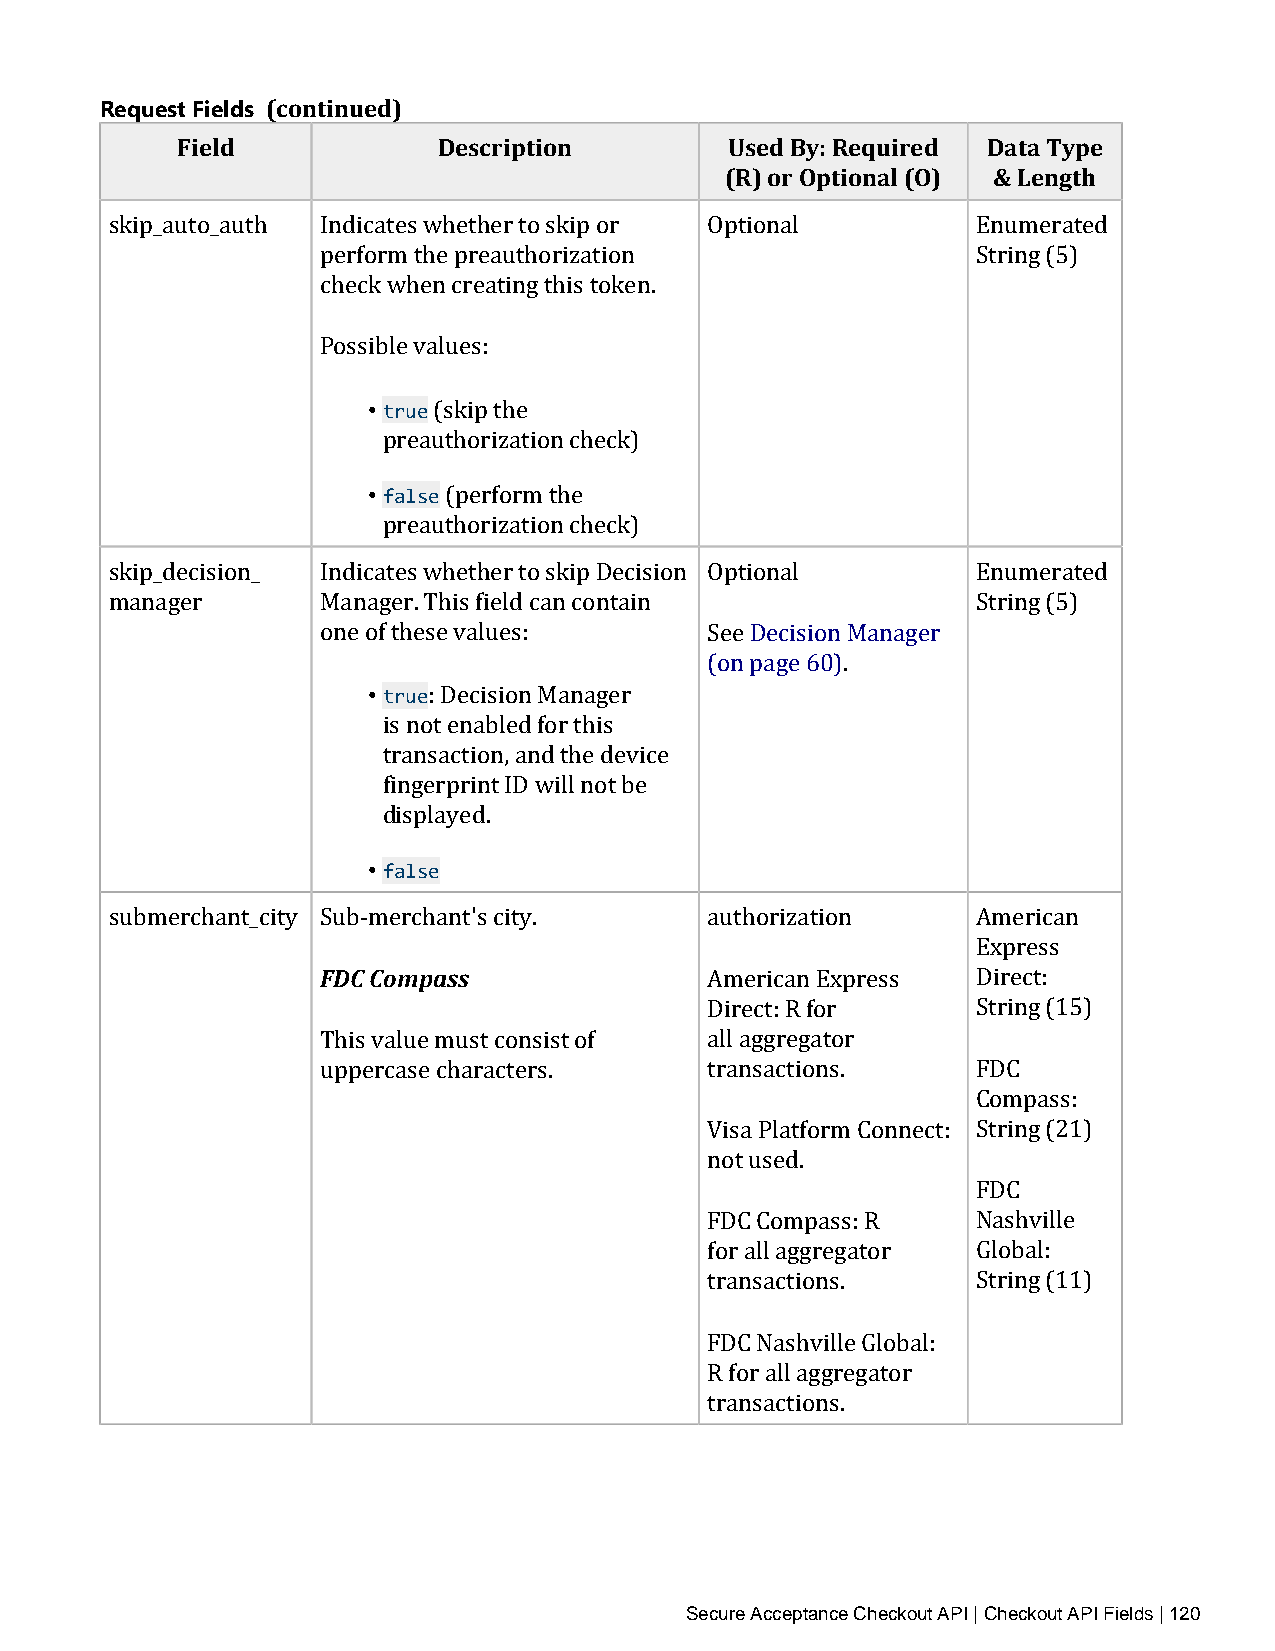
Request Fields (continued)
 Field            Description        Used By: Required Data Type
 (R) or Optional (O) & Length
 skip_auto_auth Indicates whether to skip or Optional      Enumerated
 perform the preauthorization                String (5)
 check when creating this token.
 Possible values:
 • true
 (skip the
 • pfarlesaeu thorization check)
 (perform the
 preauthorization check)
 skip_decision_ Indicates whether to skip Decision Optional Enumerated
 manager       Manager. This field can contain             String (5)
 one of these values:      See Decision Manager
 • true
 (on page 60).
 : Decision Manager
 is not enabled for this
 transaction, and the device
 fingerprint ID will not be
 • dfaislpsleayed.
 submerchant_city Sub‑merchant's city.   authorization     American
 FDC Compass
 Express
 American Express  Direct:
 Direct: R for     String (15)
 This value must consist of all aggregator
 uppercase characters.     transactions.     FDC
 Compass:
 Visa Platform Connect: String (21)
 not used.
 FDC
 FDC Compass: R    Nashville
 for all aggregator Global:
 transactions.     String (11)
 FDC Nashville Global:
 R for all aggregator
 transactions.
 Secure Acceptance Checkout API | Checkout API Fields | 120